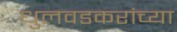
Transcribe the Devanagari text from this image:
धुलवडकरांच्या